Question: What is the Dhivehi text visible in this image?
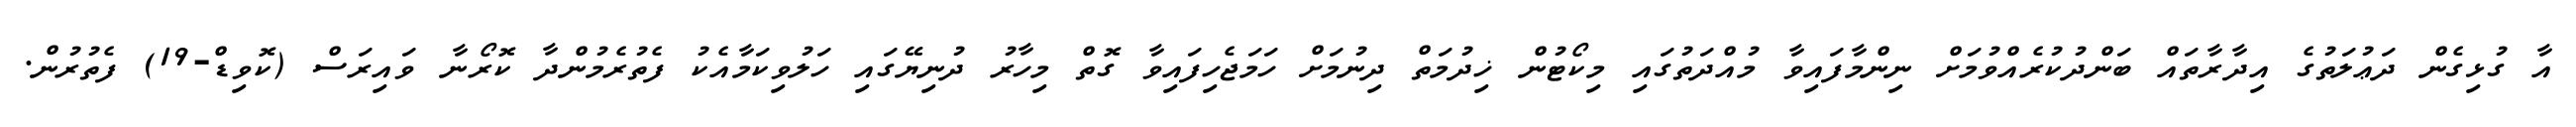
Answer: އާ ގުޅިގެން ދަޢުލަތުގެ އިދާރާތައް ބަންދުކުރެއްވުމަށް ނިންމާފައިވާ މުއްދަތުގައި މިކޯޓުން ޚިދުމަތް ދިނުމަށް ހަމަޖެހިފައިވާ ގޮތް މިހާރު ދުނިޔޭގައި ހަލުވިކަމާއެކު ފެތުރެމުންދާ ކޮރޯނާ ވައިރަސް (ކޮވިޑް-19) ފެތުރުން.